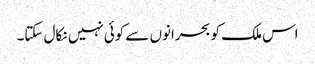
اس ملک کو بحرانوں سے کوئی نہیں نکال سکتا۔